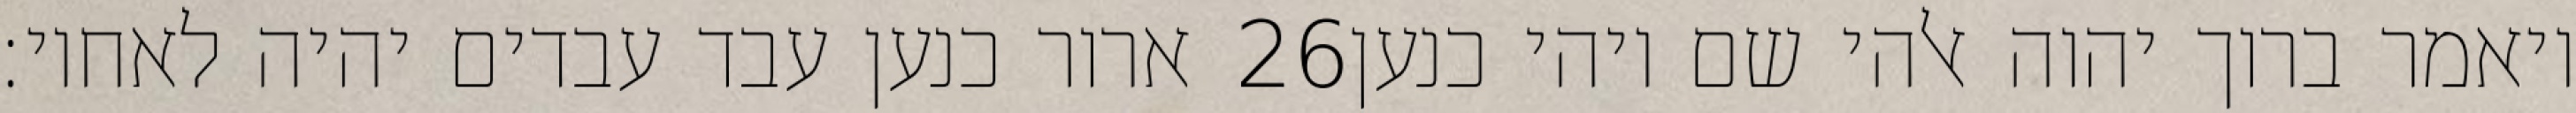
ארור כנען עבד עבדים יהיה לאחיו׃ ‎26‏ ויאמר ברוך יהוה אלהי שם ויהי כנען